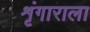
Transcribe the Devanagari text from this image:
शृंगाराला